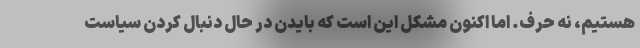
هستیم، نه حرف. اما اکنون مشکل این است که بایدن در حال دنبال کردن سیاست